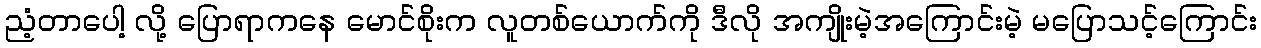
ညံ့တာပေါ့ လို့ ပြောရာကနေ မောင်စိုးက လူတစ်ယောက်ကို ဒီလို အကျိုးမဲ့အကြောင်းမဲ့ မပြောသင့်ကြောင်း